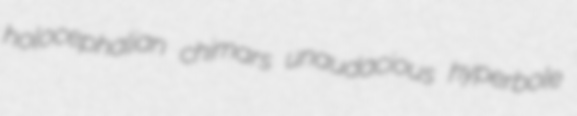
holocephalian chimars unaudacious hyperbole